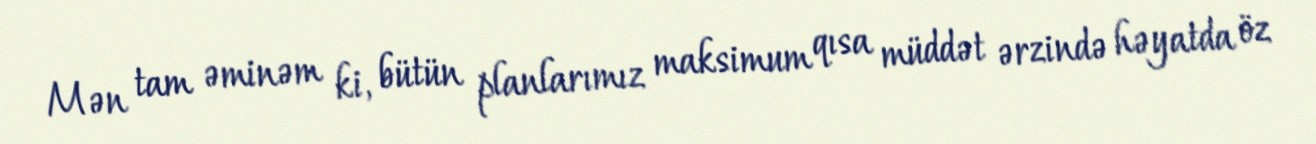
Mən tam əminəm ki, bütün planlarımız maksimum qısa müddət ərzində həyatda öz